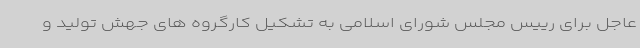
عاجل برای رییس مجلس شورای اسلامی به تشکیل کارگروه های جهش تولید و